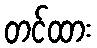
တင်ထား